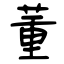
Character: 董